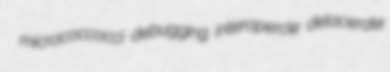
micrococcocci debugging interopercle delacerate